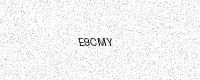
Text: E9CMY